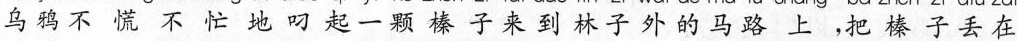
乌鸦不慌不忙地叼起一颗榛子来到林子外的马路上，把榛子丢在